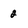
Character: 2